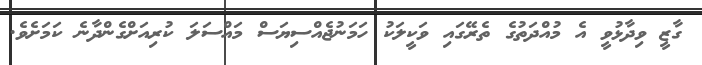
ގާޒީ ވިދާޅުވީ އެ މުއްދަތުގެ ތެރޭގައި ވަކީލަކު ހަމަނުޖެއްސިޔަސް މައްސަލަ ކުރިއަށްގެންދާނެ ކަމަށެވެ.